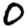
Digit: 0